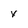
Character: x